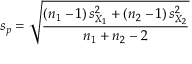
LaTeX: s _ { p } = { \sqrt { \frac { \left( n _ { 1 } - 1 \right) s _ { X _ { 1 } } ^ { 2 } + \left( n _ { 2 } - 1 \right) s _ { X _ { 2 } } ^ { 2 } } { n _ { 1 } + n _ { 2 } - 2 } } }